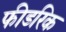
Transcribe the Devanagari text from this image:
फीडरिक